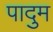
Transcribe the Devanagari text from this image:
पादुम